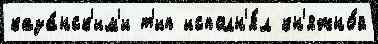
каза́нск'им'и т'ип исполн'я́л кн'яжно́й